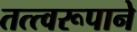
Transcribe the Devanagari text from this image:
तत्त्वरूपाने